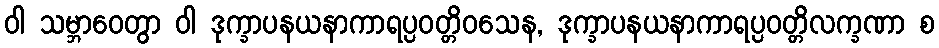
ဝါ သမ္ဘာဝေတွာ ဝါ ဒုက္ခာပနယနာကာရပ္ပဝတ္တိဝသေန, ဒုက္ခာပနယနာကာရပ္ပဝတ္တိလက္ခဏာ စ